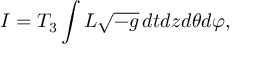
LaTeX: I = T _ { 3 } \int { \cal L } \sqrt { - g } \, d t d z d \theta d \varphi ,